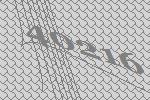
40216